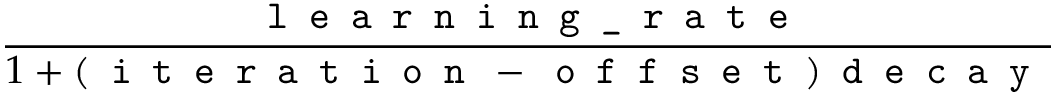
\frac { \texttt { l e a r n i n g \_ r a t e } } { 1 + ( \texttt { i t e r a t i o n } - \texttt { o f f s e t } ) \texttt { d e c a y } }